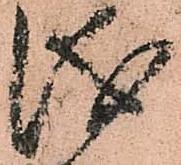
儀